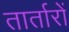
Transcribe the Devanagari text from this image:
तार्तारों